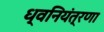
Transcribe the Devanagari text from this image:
ध्वनियंत्रणा